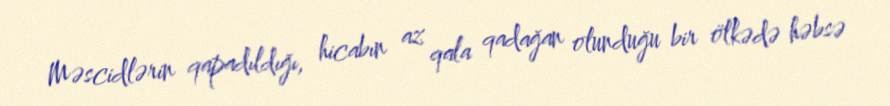
Məscidlərin qapadıldığı, hicabın az qala qadağan olunduğu bir ölkədə həbsə